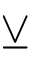
\veebar